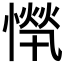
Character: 𱟂